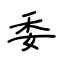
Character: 委